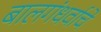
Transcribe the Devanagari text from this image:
बालगंधर्वाचें